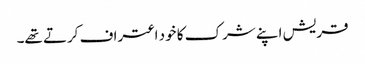
قریش اپنے شرک کا خود اعتراف کرتے تھے۔